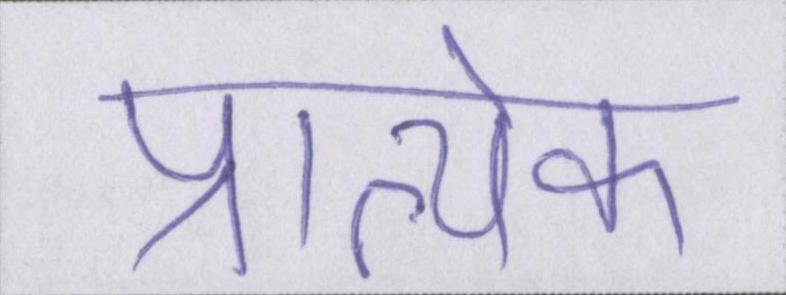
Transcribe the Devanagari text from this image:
प्रात्येक